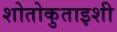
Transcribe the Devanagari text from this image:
शोतोकुताइशी